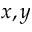
x , y